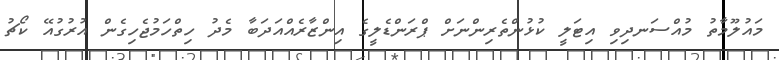
މައުލޫމާތު މުއްސަނދިވި އިޓަލީ ކުޅުންތެރިންނަށް ޕްރަންޑެލީގެ އިންޒާރެއްއަދަބާ މެދު ހިތްހަމުޖެހިގެން އުރުގުއޭ ކޯޗު